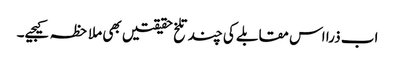
اب ذرا اس مقابلے کی چند تلخ حقیقتیں بھی ملاحظہ کیجیے۔